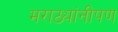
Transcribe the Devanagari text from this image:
मराठ्यांनीपण